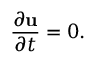
{ \frac { \partial \mathbf { u } } { \partial t } } = 0 .